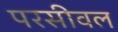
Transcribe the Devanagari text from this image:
परसीवल